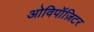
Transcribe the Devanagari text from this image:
ओविपॉज़िटर